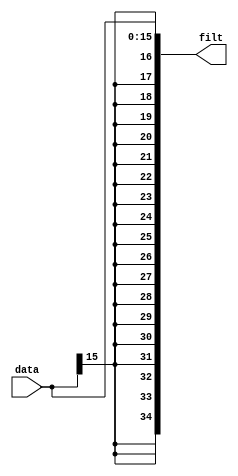
module dsp_core
#(parameter N=7, DW=16, CW=16)
(	  data,
	  filt);
	
parameter OW=$clog2(N)+DW+CW;
parameter size = OW-DW;
input  [(DW-1):0] data;
output  [(OW-1):0] filt;	

genvar d;
wire [OW-DW-1:0] tmp;
generate for (d = 0; d<size;d=d+1) begin :jopa
	assign tmp[d] = data[DW-1];
end
endgenerate

assign filt = {tmp, data};


endmodule